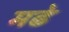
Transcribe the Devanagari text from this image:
मढे